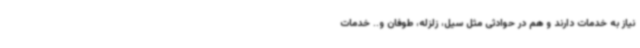
نیاز به خدمات دارند و هم در حوادثی مثل سیل، زلزله، طوفان و.. خدمات